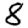
Digit: 8